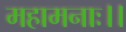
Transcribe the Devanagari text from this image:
महामनाः।।